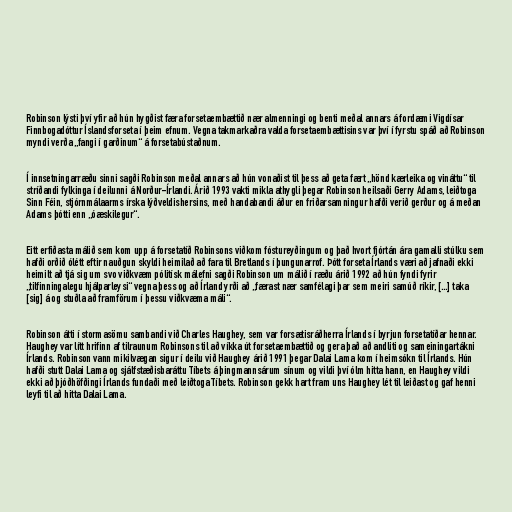
Robinson lýsti því yfir að hún hygðist færa forsetaembættið nær almenningi og benti meðal annars á fordæmi Vigdísar
Finnbogadóttur Íslandsforseta í þeim efnum. Vegna takmarkaðra valda forsetaembættisins var því í fyrstu spáð að Robinson
myndi verða „fangi í garðinum“ á forsetabústaðnum.

Í innsetningarræðu sinni sagði Robinson meðal annars að hún vonaðist til þess að geta fært „hönd kærleika og vináttu“ til
stríðandi fylkinga í deilunni á Norður-Írlandi. Árið 1993 vakti mikla athygli þegar Robinson heilsaði Gerry Adams, leiðtoga
Sinn Féin, stjórnmálaarms írska lýðveldishersins, með handabandi áður en friðarsamningur hafði verið gerður og á meðan
Adams þótti enn „óæskilegur“.

Eitt erfiðasta málið sem kom upp á forsetatíð Robinsons viðkom fóstureyðingum og það hvort fjórtán ára gamalli stúlku sem
hafði orðið ólétt eftir nauðgun skyldi heimilað að fara til Bretlands í þungunarrof. Þótt forseta Írlands væri að jafnaði ekki
heimilt að tjá sig um svo viðkvæm pólitísk málefni sagði Robinson um málið í ræðu árið 1992 að hún fyndi fyrir
„tilfinningalegu hjálparleysi“ vegna þess og að Írland yrði að „færast nær samfélagi þar sem meiri samúð ríkir, [...] taka
[sig] á og stuðla að framförum í þessu viðkvæma máli“.

Robinson átti í stormasömu sambandi við Charles Haughey, sem var forsætisráðherra Írlands í byrjun forsetatíðar hennar.
Haughey var lítt hrifinn af tilraunum Robinsons til að víkka út forsetaembættið og gera það að andliti og sameiningartákni
Írlands. Robinson vann mikilvægan sigur í deilu við Haughey árið 1991 þegar Dalai Lama kom í heimsókn til Írlands. Hún
hafði stutt Dalai Lama og sjálfstæðisbaráttu Tíbets á þingmannsárum sínum og vildi því ólm hitta hann, en Haughey vildi
ekki að þjóðhöfðingi Írlands fundaði með leiðtoga Tíbets. Robinson gekk hart fram uns Haughey lét til leiðast og gaf henni
leyfi til að hitta Dalai Lama.